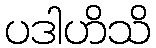
ပဒါဟိသိ